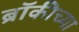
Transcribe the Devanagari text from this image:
ब्रॉकीच्या